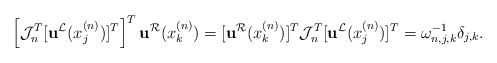
\begin{align*}\left[\mathcal{J}_n^T[\mathbf{u}^{\mathcal{L}}(x_j^{(n)})]^T\right]^T \mathbf{u}^{\mathcal{R}}(x_k^{(n)})=[ \mathbf{u}^{\mathcal{R}}(x_k^{(n)})]^T \mathcal{J}_n^T [\mathbf{u}^{\mathcal{L}}(x_j^{(n)})]^T = \omega_{n,j,k}^{-1}\delta_{j,k}.\end{align*}